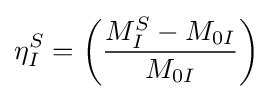
\eta _{I}^{S}=\left({\frac {M_{I}^{S}-M_{0I}}{M_{0I}}}\right)